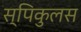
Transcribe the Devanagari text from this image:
स्पिकुलस